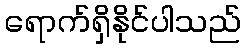
ရောက်ရှိနိုင်ပါသည်